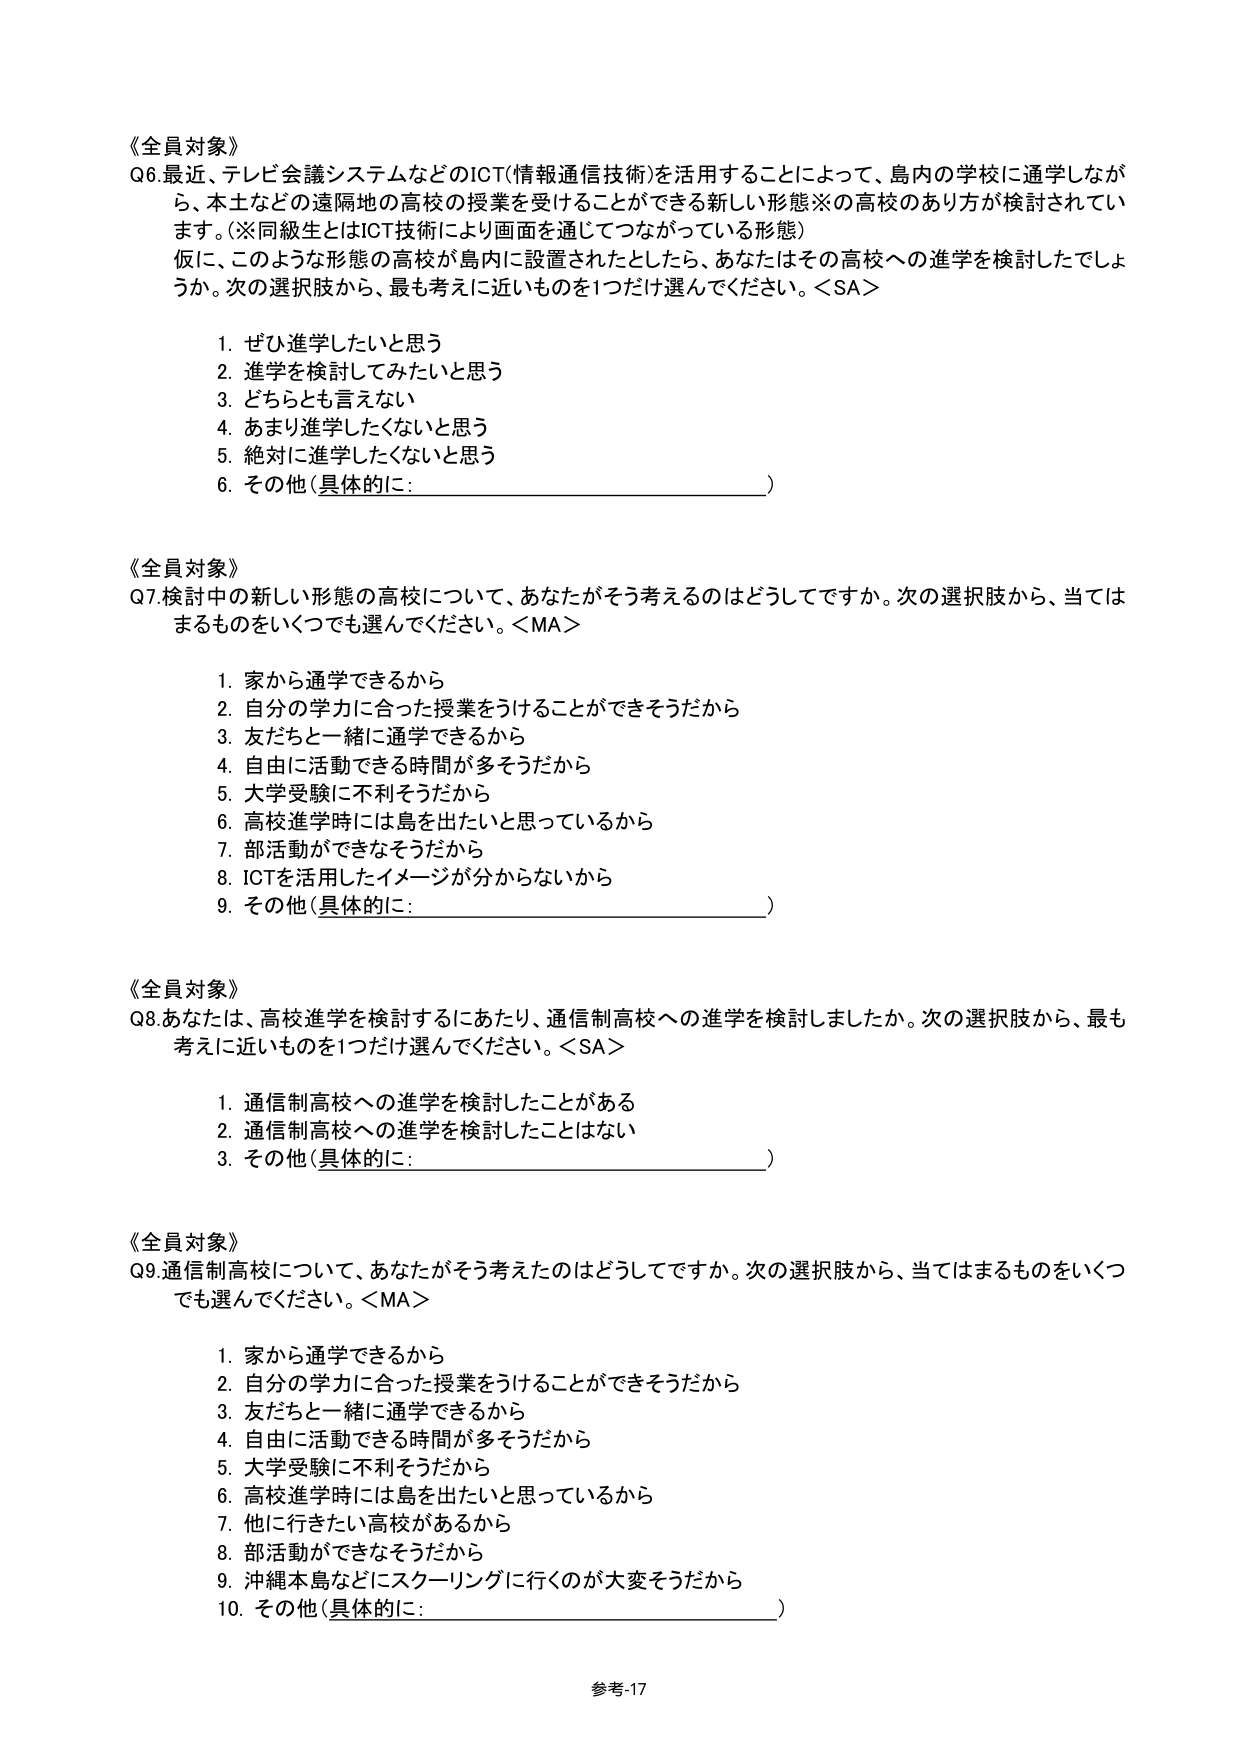
《全員対象》
Q6.最近、テレビ会議システムなどのICT(情報通信技術)を活用することによって、島内の学校に通学しなが
ら、本土などの遠隔地の高校の授業を受けることができる新しい形態※の高校のあり方が検討されてい
ます。(※同級生とはICT技術により画面を通じてつながっている形態)
仮に、このような形態の高校が島内に設置されたとしたら、あなたはその高校への進学を検討したでしょ
うか。次の選択肢から、最も考えに近いものを1つだけ選んでください。<SA>
　　1. ぜひ進学したいと思う
　　2. 進学を検討してみたいと思う
　　3. どちらとも言えない
　　4. あまり進学したくないと思う
　　5. 絶対に進学したくないと思う
　　6. その他(具体的に:__________________________)

《全員対象》
Q7.検討中の新しい形態の高校について、あなたがそう考えるのはどうしてですか。次の選択肢から、当ては
まるものをいくつでも選んでください。<MA>
　　1. 家から通学できるから
　　2. 自分の学力に合った授業をうけることができそうだから
　　3. 友だちと一緒に通学できるから
　　4. 自由に活動できる時間が多そうだから
　　5. 大学受験に不利そうだから
　　6. 高校進学時には島を出たいと思っているから
　　7. 部活動ができなそうだから
　　8. ICTを活用したイメージが分からないから
　　9. その他(具体的に:__________________________)

《全員対象》
Q8.あなたは、高校進学を検討するにあたり、通信制高校への進学を検討しましたか。次の選択肢から、最も
考えに近いものを1つだけ選んでください。<SA>
　　1. 通信制高校への進学を検討したことがある
　　2. 通信制高校への進学を検討したことはない
　　3. その他(具体的に:__________________________)

《全員対象》
Q9.通信制高校について、あなたがそう考えたのはどうしてですか。次の選択肢から、当てはまるものをいくつ
でも選んでください。<MA>
　　1. 家から通学できるから
　　2. 自分の学力に合った授業をうけることができそうだから
　　3. 友だちと一緒に通学できるから
　　4. 自由に活動できる時間が多そうだから
　　5. 大学受験に不利そうだから
　　6. 高校進学時には島を出たいと思っているから
　　7. 他に行きたい高校があるから
　　8. 部活動ができなそうだから
　　9. 沖縄本島などにスクーリングに行くのが大変そうだから
　　10. その他(具体的に:__________________________)

参考-17